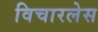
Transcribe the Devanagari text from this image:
विचारलेस